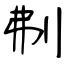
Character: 刜